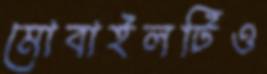
মোবাইলটিও